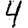
Digit: 4